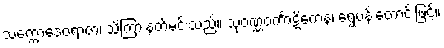
သက္ကောဒေဝရာဇာ၊ သိကြားနတ်မင်းသည်။ သုဝဏ္ဏဝင်္ကာဋိကေန၊ ရွှေပန်းတောင်းဖြင့်။